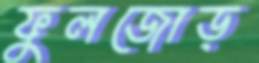
ফুলজোড়